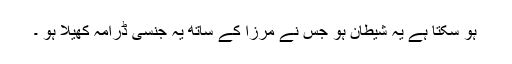
ہو سکتا ہے یہ شیطان ہو جس نے مرزا کے ساتھ یہ جنسی ڈرامہ کھیلا ہو ۔